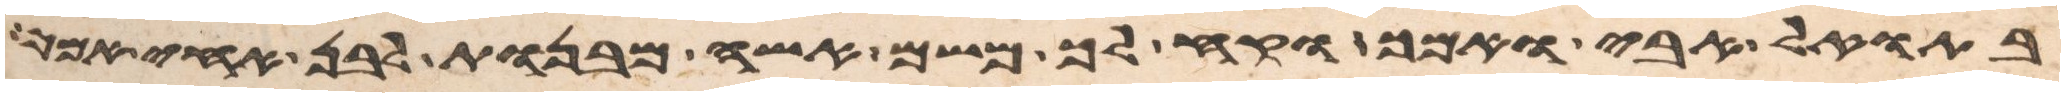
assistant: בתואל אבי אמך וקח לך משם אשה מבנות לבן אחי אמך